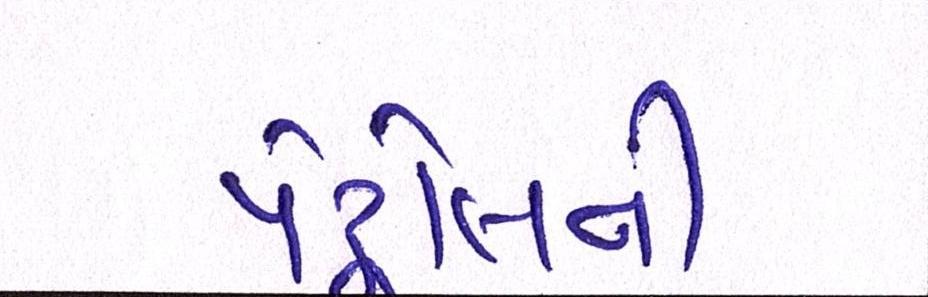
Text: પેટ્રોલની